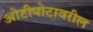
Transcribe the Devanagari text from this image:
ओटीपोटावरील